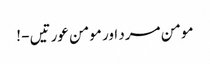
مومن مرد اور مومن عورتیں - !